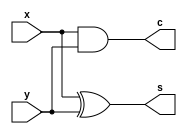
`timescale 1ns/ 1ps
module halfAdder(input x, y, output s, c);
   assign s=x^y;
   assign c=x&y;
endmodule